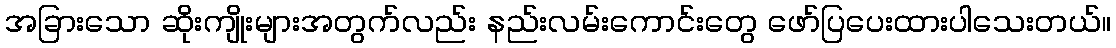
အခြားသော ဆိုးကျိုးများအတွက်လည်း နည်းလမ်းကောင်းတွေ ဖော်ပြပေးထားပါသေးတယ်။